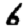
Digit: 6